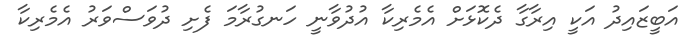
އަބީޒައިދު އަކީ އިރާގާ ދެކޮޅަށް އެމެރިކާ އުދުވާނީ ހަނގުރާމަ ފެށި ދުވަސްވަރު އެމެރިކާ